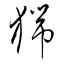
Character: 猯